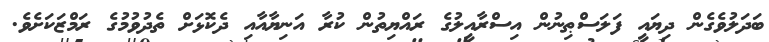
ބަދަލުވެގެން ދިޔައީ ފަލަސްޠިނުން އިސްރާއީލުގެ ރައްޔިތުން ކުރާ އަނިޔާއާއި ދެކޮޅަށް ތެދުވުމުގެ ރަމްޒަކަށެވެ.